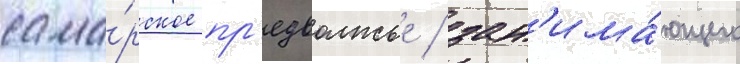
сама́рское пр'едволжье / зан'има́ющего